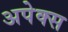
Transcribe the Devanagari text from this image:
अपेक्स